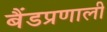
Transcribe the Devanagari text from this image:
बैंडप्रणाली